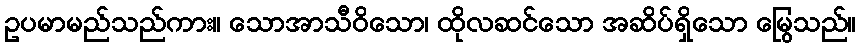
ဥပမာမည်သည်ကား။ သောအာသီဝိသော၊ ထိုလဆင်သော အဆိပ်ရှိသော မြွေသည်။